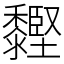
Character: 䵛